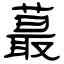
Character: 蕞